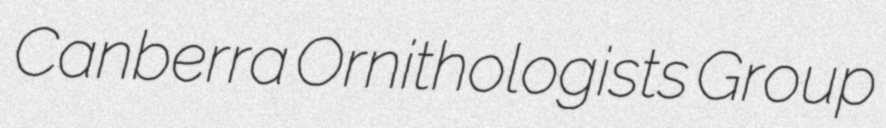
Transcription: Canberra Ornithologists Group